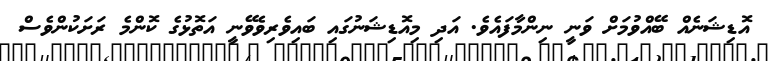
އޮޑިޝަނެއް ބޭއްވުމަށް ވަނީ ނިންމާފައެވެ. އަދި މިއޮޑިޝަނުގައި ބައިވެރިވެވޭނީ އަތޮޅުގެ ކޮންމެ ރަށަކުންވެސް